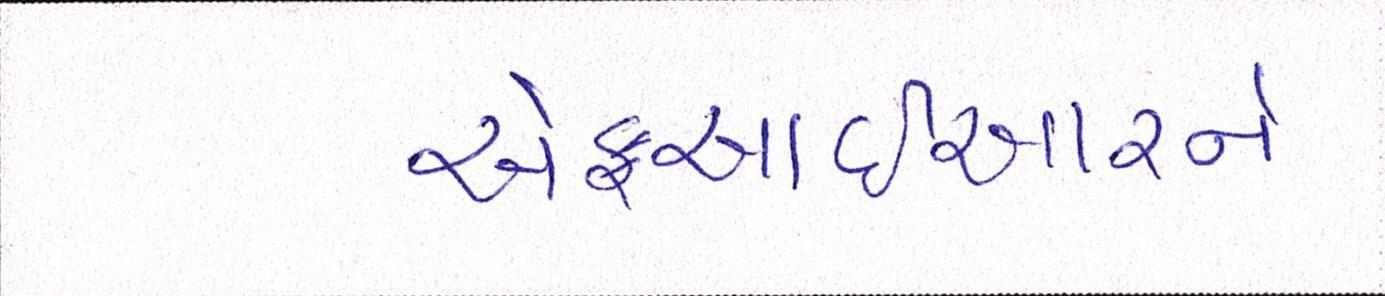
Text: એફઆઈઆરને